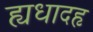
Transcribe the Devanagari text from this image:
ह्यधादहृ